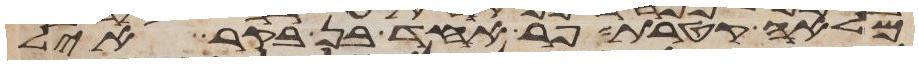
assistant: מלאה קטרת פר אחד בן בקר איל